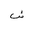
Letter: _shin